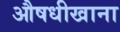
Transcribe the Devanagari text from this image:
औषधीखाना